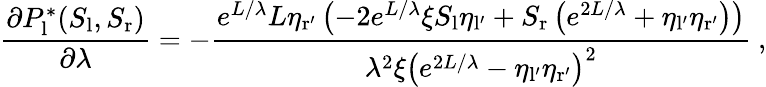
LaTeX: \frac{\partial P_{\mathrm{l}}^{*}(S_{\mathrm{l}},S_{\mathrm{r}})}{\partial\lambda}=-\frac{e^{L/\lambda}L\eta_{\mathrm{r^{\prime}}}\left(-2e^{L/\lambda}\xi S_{\mathrm{l}}\eta_{\mathrm{l^{\prime}}}+S_{\mathrm{r}}\left(e^{2L/\lambda}+\eta_{\mathrm{l^{\prime}}}\eta_{\mathrm{r^{\prime}}}\right)\right)}{\lambda^{2}\xi\left(e^{2L/\lambda}-\eta_{\mathrm{l^{\prime}}}\eta_{\mathrm{r^{\prime}}}\right)^{2}}\ ,